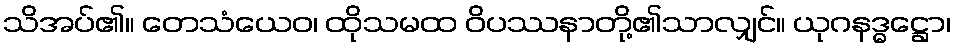
သိအပ်၏။ တေသံယေဝ၊ ထိုသမထ ဝိပဿနာတို့၏သာလျှင်။ ယုဂနဒ္ဓဋ္ဌော၊